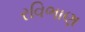
રવિભાણ